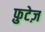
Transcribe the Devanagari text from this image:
फ़ुटेज़